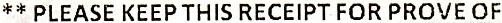
** PLEASE KEEP THIS RECEIPT FOR PROVE OF